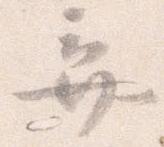
弃